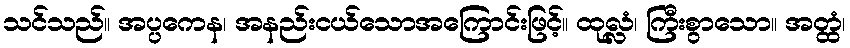
သင်သည်။ အပ္ပကေန၊ အနည်းငယ်သောအကြောင်းဖြင့်။ ထုလ္လံ၊ ကြီးစွာသော။ အတ္ထံ၊